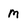
Character: m